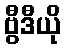
ဗွီဒီယို